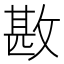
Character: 𢾤